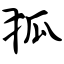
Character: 狐